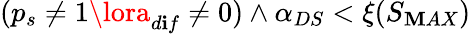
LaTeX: (p_{s}\neq1\lora_{d\mathbf{i}f}\neq0)\land\alpha_{DS}<\xi(S_{\mathbf{M}AX})